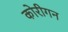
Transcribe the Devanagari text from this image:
कोरीगन